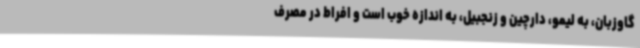
گاوزبان، به لیمو، دارچین و زنجبیل، به اندازه خوب است و افراط در مصرف